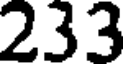
233